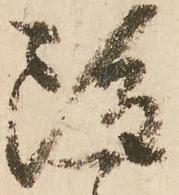
雖